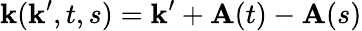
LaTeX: \textbf{k}(\textbf{k}^{\prime},t,s)=\textbf{k}^{\prime}+\textbf{A}(t)-\textbf{A}(s)